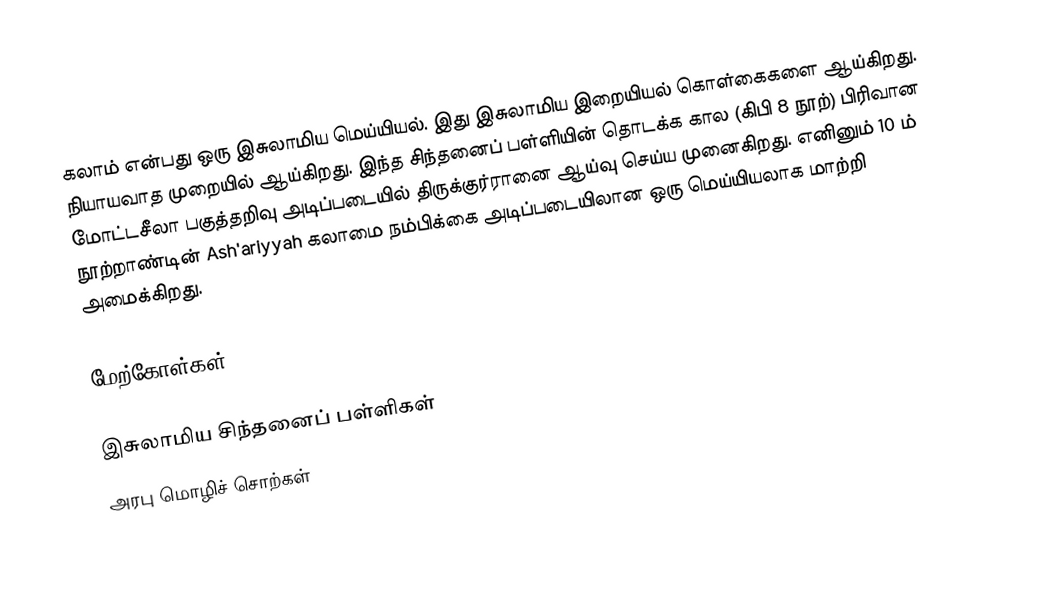
கலாம் என்பது ஒரு இசுலாமிய மெய்யியல்.  இது இசுலாமிய இறையியல் கொள்கைகளை ஆய்கிறது.  நியாயவாத முறையில் ஆய்கிறது.  இந்த சிந்தனைப் பள்ளியின் தொடக்க கால (கிபி 8 நூற்) பிரிவான மோட்டசீலா பகுத்தறிவு அடிப்படையில் திருக்குர்ரானை ஆய்வு செய்ய முனைகிறது. எனினும் 10 ம் நூற்றாண்டின் Ash'ariyyah கலாமை நம்பிக்கை அடிப்படையிலான ஒரு மெய்யியலாக மாற்றி அமைக்கிறது.

மேற்கோள்கள்

இசுலாமிய சிந்தனைப் பள்ளிகள்
அரபு மொழிச் சொற்கள்